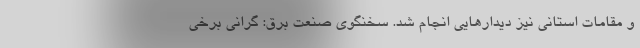
و مقامات استانی نیز دیدارهایی انجام شد. سخنگوی صنعت برق: گرانی برخی